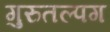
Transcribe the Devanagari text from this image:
गुरुतल्पग